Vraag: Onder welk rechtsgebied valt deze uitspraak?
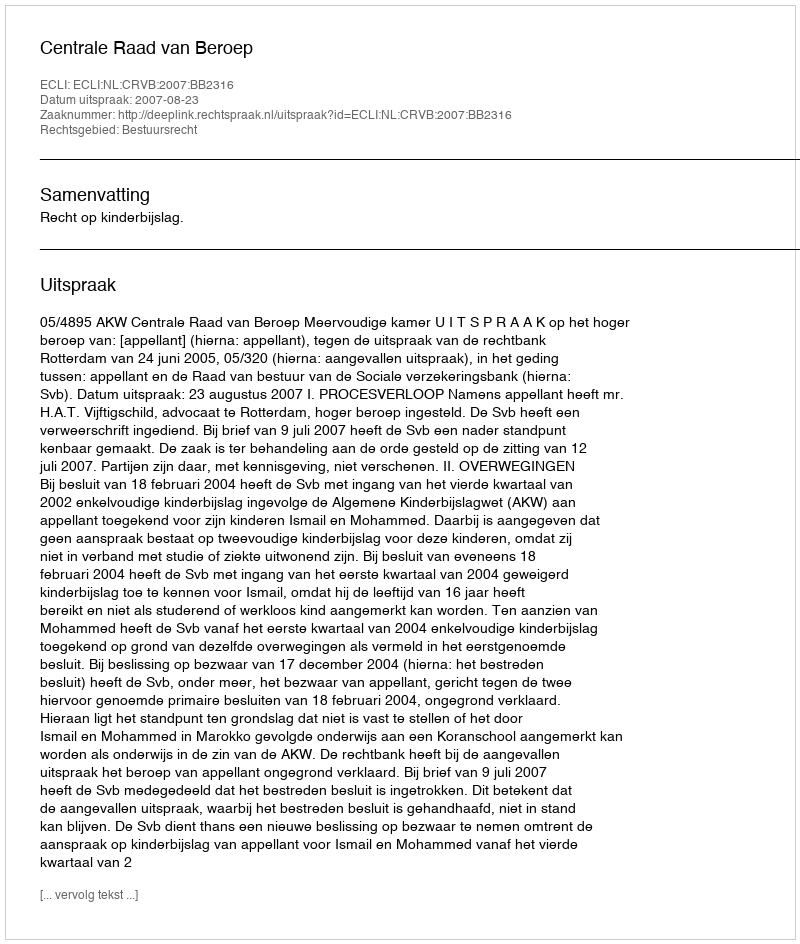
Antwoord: Bestuursrecht